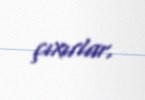
çıxırlar.